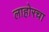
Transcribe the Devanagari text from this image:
लाहोरचा